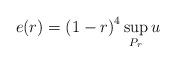
LaTeX: \begin{align*}e(r) = \left(1 - r\right)^4 \sup_{P_r} u\end{align*}